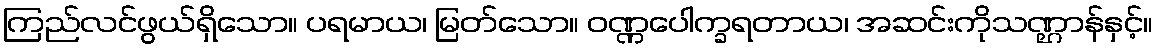
ကြည်လင်ဖွယ်ရှိသော။ ပရမာယ၊ မြတ်သော။ ဝဏ္ဏပေါက္ခရတာယ၊ အဆင်းကိုသဏ္ဌာန်နှင့်။